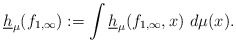
\begin{align*}\underline{h}_{\mu}(f_{1,\infty}):=\int \underline{h}_{\mu}(f_{1,\infty},x)\ d\mu(x).\end{align*}